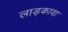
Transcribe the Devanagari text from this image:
लाड़कावा